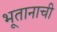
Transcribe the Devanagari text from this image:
भूतानाची